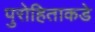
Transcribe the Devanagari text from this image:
पुरोहिताकडे